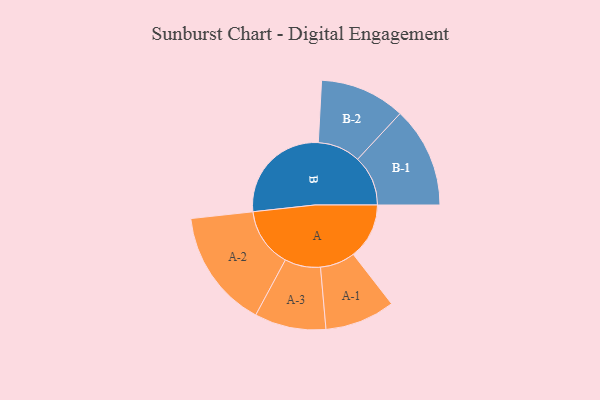
{"axis": {"x": "Segment", "y": "Value"}, "legend": ["", "A", "B"], "data": [{"x": "A", "y": 255, "type": ""}, {"x": "B", "y": 485, "type": ""}, {"x": "A-1", "y": 160, "type": "A"}, {"x": "A-2", "y": 271, "type": "A"}, {"x": "A-3", "y": 163, "type": "A"}, {"x": "B-1", "y": 230, "type": "B"}, {"x": "B-2", "y": 195, "type": "B"}]}